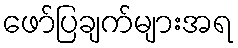
ဖော်ပြချက်များအရ